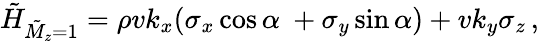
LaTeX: \tilde{H}_{\tilde{M}_{z}=1}=\rho vk_{x}(\sigma_{x}\cos\alpha\ +\sigma_{y}\sin\alpha)+vk_{y}\sigma_{z}\, ,